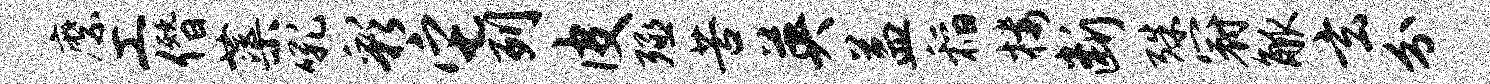
縻工僭蕖吼彩它列皮殛苦英益稻楼断殊冠觚玄分